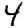
Digit: 4